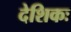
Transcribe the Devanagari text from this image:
देशिकः